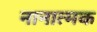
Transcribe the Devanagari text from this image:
नानात्मक